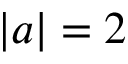
| a | = 2